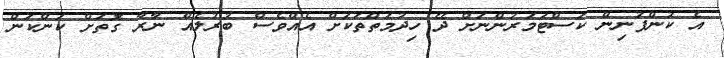
އެ ކުންފުނިން ކަސްޓަމަރުންނަށް ދޭ ހިދުމަތްތަކަށް އެެއްވެސް ބުރުލެއް ނާރާ ގޮތަށް ކަންކަން